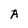
Character: A